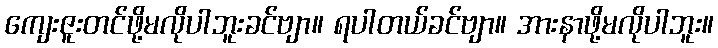
ကျေးဇူးတင်ဖို့မလိုပါဘူးခင်ဗျာ။ ရပါတယ်ခင်ဗျာ။ အားနာဖို့မလိုပါဘူး။